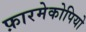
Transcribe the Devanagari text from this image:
फ़ारमेकोपियो